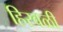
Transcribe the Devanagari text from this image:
हिरवळी